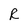
Character: R